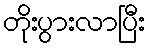
တိုးပွားလာပြီး